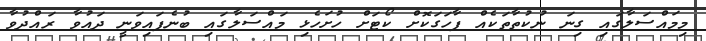
މިމައްސަލާގައި ގިނަ ނުކުތާތަކެއް ފާހަގަކޮށް ކޯޓަށް ހުށަހެޅި މައްސަލާގައި ބުނެފައިވަނީ ދައުވާ ރައްދުވާ